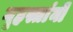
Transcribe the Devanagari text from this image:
गृहस्तांनी